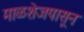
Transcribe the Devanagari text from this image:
माळशेजपासून